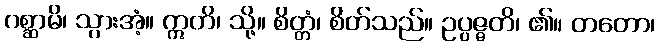
ဂစ္ဆာမိ၊ သွားအံ့။ ဣတိ၊ သို့။ စိတ္တံ၊ စိတ်သည်။ ဥပ္ပဇ္ဇတိ၊ ၏။ တတော၊